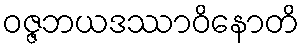
ဝဇ္ဇဘယဒဿာဝိနောတိ